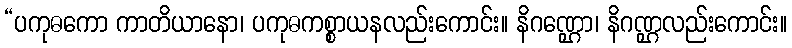
“ပကုဓကော ကာတိယာနော၊ ပကုဓကစ္စာယနလည်းကောင်း။ နိဂဏ္ဌော၊ နိဂဏ္ဌလည်းကောင်း။